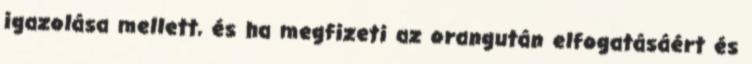
igazolása mellett, és ha megfizeti az orangután elfogatásáért és